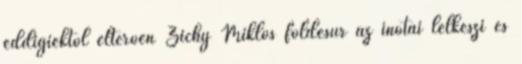
eddigiektől eltérően Zichy Miklós földesúr az inotai lelkészi és